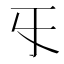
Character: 㸦